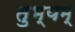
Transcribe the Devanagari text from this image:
तुभ्यम्